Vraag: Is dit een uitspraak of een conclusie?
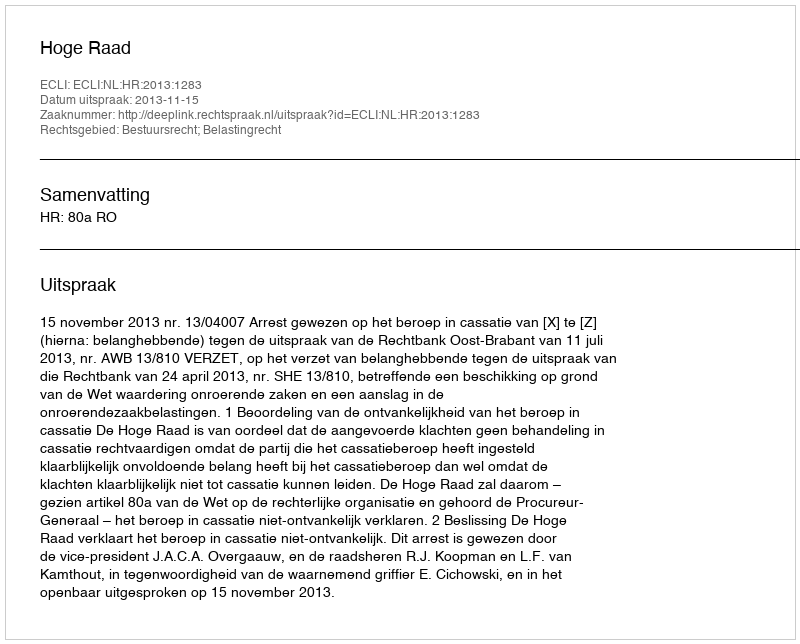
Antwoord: Uitspraak